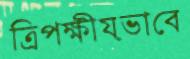
ত্রিপক্ষীয়ভাবে